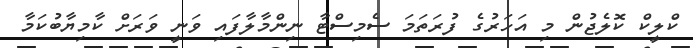
ކްލީކް ކޮލެޖުން މި އަހަރުގެ ފުރަތަމަ ސެމިސްޓާ ނިންމާލާފައި ވަނީ ވަރަށް ކާމިޔާބުކަމާ